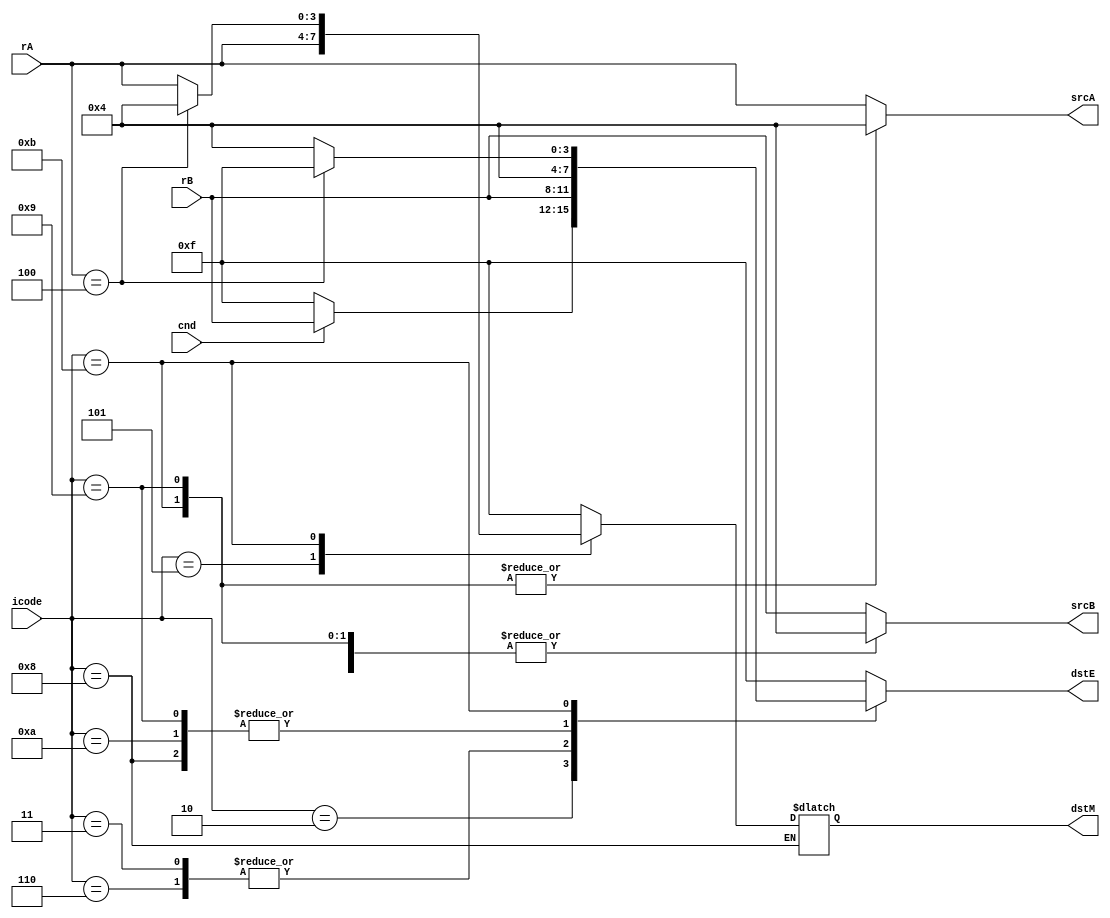
module dst_src (
    output reg [3:0]dstE,dstM,srcA,srcB,
    input [3:0]icode,
    input [3:0]rA,rB,
    input cnd
);
    always @(*) //Combinational part
begin
    case(icode)
    6:begin  //opq
    srcA<=rA;
    srcB<=rB;
    dstE<=rB;
    dstM<=4'd15;
    end
    2:begin //cmovXX
    srcA<=rA;
    srcB<=rB;
    dstM<=4'd15;
    if(cnd)
    begin
        dstE<=rB;
    end
    else
        dstE<=4'd15;
    end
    3:begin //irmovq
        srcA<=rA;
        srcB<=rB;
        dstE<=rB;
        dstM<=4'd15;
    end
    4:begin //rmmovq
        srcA<=rA;
        srcB<=rB;
        dstE<=4'd15;
        dstM<=4'd15;
    end
    5:begin //mrmovq
        srcA<=rA;
        srcB<=rB;
        dstM<=rA;
        dstE<=4'd15;
    end
    8:begin //call
        srcB<=4'd4;
        srcA<=rA;
        dstE<=4'd4;
        
    end
    9:begin //ret
        srcA<=4'd4;
        srcB<=4'd4;
        dstE<=4'd4;
        dstM<=4'd15;
    end
    10:begin //pushq
    srcA<=rA;
    srcB<=4'd4;
    dstE<=4'd4;
    dstM<=4'd15;
    end
    11:begin //popq
    srcA<=4'd4;
    srcB<=4'd4;
    if(rA==4)
    begin
        dstM<=4'd4;
        dstE<=4'd15;
    end
    else
    begin
        dstE<=4'd4;
        dstM<=rA;
    end
    end
    default:begin
    // valA=0;
    // valB=0;
    srcA<=rA;
    srcB<=rB;
    dstM<=4'd15;
    dstE<=4'd15;
    end
    endcase
end  
endmodule